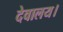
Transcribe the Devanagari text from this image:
देवालय।